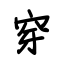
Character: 穿